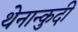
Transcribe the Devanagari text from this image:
थेनान्कुदी